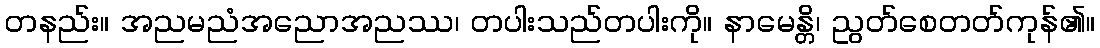
တနည်း။ အညမညံအညောအညဿ၊ တပါးသည်တပါးကို။ နာမေန္တိ၊ ညွတ်စေတတ်ကုန်၏။